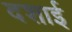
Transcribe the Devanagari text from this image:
दशाई